Report of the Indian Hemp Drugs Commission, 1894-1895 - Volume VI
Year: 1894
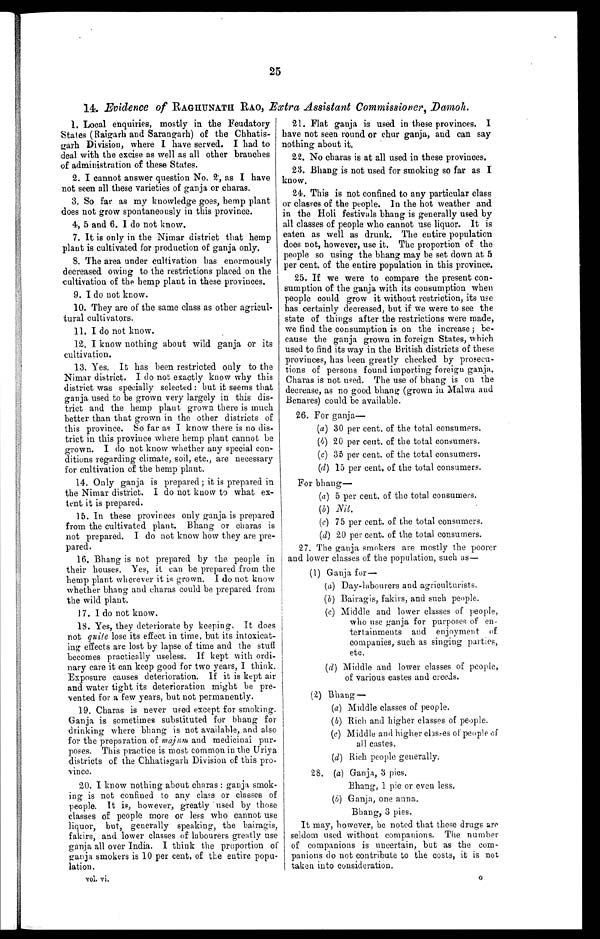
25
14. Evidence of RAGHUNATH RAO, Extra Assistant Commissioner , Damoh.
I. Local enquiries, mostly in the Feudatory
States (Raigarh and Sarangarh) of the Chhatis-
garh Division, where I have served. I had to
deal with the excise as well as all other branches
of administration of these States.
2. I cannot answer question No. 2 ., as I have
not seen all these varieties of ganja or charas.
3. So far as my knowledge goes, hemp plant
does not grow spontaneously in this province.
4, 5 and 6. I do not know.
7. It is only in the Nimar district that hemp
plant is cultivated for production of ganja only.
8. The area under cultivation has enormously
decreased owing to the restrictions placed on the
cultivation of the hemp plant in these provinces.
9. I do not know.
10. They are of the same class as other agricul-
tural cultivators.
11. I do not know.
12. I know nothing about wild ganja, or its
cultivation.
13. Yes. It has been restricted only to the
Nimar district. I do not exactly know why this
district was specially selected : but it seems that
ganja used to be grown very largely in this dis-
trict and the hemp plant grown there is much
better than that grown in the other districts of
this province. So far as I know there is no dis-
trict in this province where hemp plant cannot be
grown. I do not know whether any special con-
ditions regarding climate, soil, etc., are necessary
for cultivation of the hemp plant.
14. Only ganja is prepared; it is prepared in
the Nimar district. I do not know to what ex-
tent it is prepared.
15. In these provinces only ganja is prepared
from the cultivated plant. Bhang or charas is
not prepared. I do not know how they are pre-
pared.
16. Bhang is not prepared by the people in
their houses. Yes, it can be prepared from the
hemp plant wherever it is grown. I do not know
whether bhang and charas could be prepared from
the wild plant.
17. I do not know.
18. Yes, they deteriorate by keeping. It does
not quite lose its effect in time, but its intoxicat-
ing effects are lost by lapse of time and the stuff
becomes practically useless. if kept with ordi-
nary care it can keep good for two years, I think.
Exposure causes deterioration. If it is kept air
and water tight its deterioration might be pre-
vented for a few years, but not permanently.
19. Charas is never used except for smoking.
Ganja is sometimes substituted for bhang for
drinking where bhang is not available, and also
for the preparation of majum and medicinal pur-
poses. This practice is most common in the Uriya
districts of the Chhatisgarh Division of this pro-
vince.
20. I know nothing about charas: ganja smok-
ing is not confined to any class or classes of
people. It is, however, greatly used by those
classes of people more or less who cannot use
liquor, but, generally speaking, the bairagis,
fakirs, and lower classes of labourers greatly use
ganja all over India. I think the proportion of
ganja smokers is 10 per cent, of the entire popu-
lation.
vol, vi.
21. Flat ganja is used in these provinces. I
have not seen round or chur ganja, and can say
nothing about it.
22. No charas is at all used in these provinces.
23. Bhang is not used for smoking so far as I
know.
24. This is not confined to any particular class
or classes of the people. In the hot weather and
in the Holi festivals bhang is generally used by
all classes of people who cannot use liquor. It is
eaten as well as drunk. The entire population
does not, however, use it. The proportion of the
people so using the bhang may be set down at 5
per cent. of the entire population in this province.
25. If we were to compare the present con-
sumption of the ganja with its consumption when
people could grow it without restriction, its use
has certainly decreased, but if we were to see the
state of things after the restrictions were made,
we find the consumption is on the increase; be-
cause the ganja grown in foreign States, which
used to find its way in the British districts of these
provinces, has been greatly checked by prosecu-
tions of persons found importing foreign ganja.
Charas is not used. The use of bhang is on the
decrease, as no good bhang (grown in Malwa and
Benares) could be available.
26. For ganja
—
(a) 30 per cent. of the total consumers.
(b) 20 per cent. of the total consumers.
(c) 35 per cent. of the total consumers.
(d) 15 per cent, of the total consumers.
For bhang
—
(a) 5 per cent. of the total consumers.
(b)
Nil.
(c) 75 per cent. of the total consumers.
(d) 20 per cent. of the total consumers.
27. The ganja smokers are mostly the poorer
and lower classes of the population, such as
(1) Ganja for—
(a) Day-labourers and agriculturists.
(b) Bairagis, fakirs, and such people.
(c) Middle and lower classes of people,
who use ganja for purposes of en-
tertainments and enjoyment of
companies, such as singing parties,
etc.
(d) Middle and lower classes of people,
of various castes and creeds.
(2) Bhang-
.
(a) Middle classes of people.
(b) Rich and higher classes of people.
(c) Middle and higher classes of people of
all castes.
(d) Rich people generally.
28. (a) Ganja, 3 pies.
Bhang, 1 pie or even less,
(b) Ganja, one anna.
Bhang, 3 Pies.
It may, however, be noted that these drugs are
seldom used without companions. The number
of companions is uncertain, but as the com-
panions do not contribute to the costs, it is not
I taken into consideration,